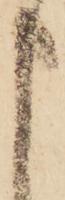
申